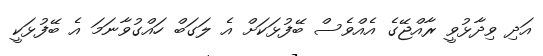
އަދި ވިދާޅުވީ ރާއްޖޭގެ އެއްވެސް ބޭފުޅަކަށް އެ ލަގަބް ހައްގުވާނަމަ އެ ބޭފުޅަކީ